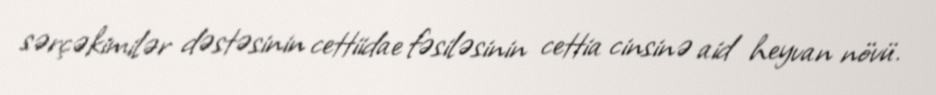
sərçəkimilər dəstəsinin cettiidae fəsiləsinin cettia cinsinə aid heyvan növü.